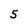
Character: 5